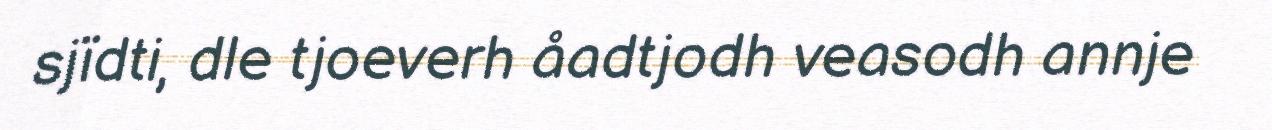
sjïdti, dle tjoeverh åadtjodh veasodh annje